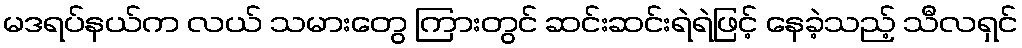
မဒရပ်နယ်က လယ် သမားတွေ ကြားတွင် ဆင်းဆင်းရဲရဲဖြင့် နေခဲ့သည့် သီလရှင်